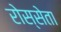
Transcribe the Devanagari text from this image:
रोस्सेता